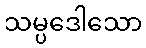
သမ္ပဒေါသော